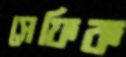
সেফিক